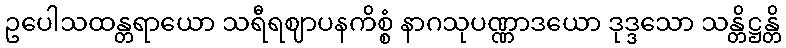
ဥပေါသထန္တရာယော သရီရဈာပနကိစ္စံ နာဂသုပဏ္ဏာဒယော ဒုဒ္ဒသော သန္တိဋ္ဌန္တိ